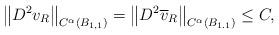
LaTeX: \begin{align*}\left\|D^{2} v_{R}\right\|_{C^{\alpha}\left(B_{1,1}\right)}=\left\|D^{2} \overline{v}_{R}\right\|_{C^{\alpha}\left(B_{1.1}\right)} \leq C,\end{align*}